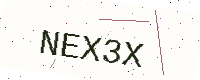
Text: NEX3X